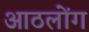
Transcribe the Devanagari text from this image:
आठलोंग